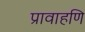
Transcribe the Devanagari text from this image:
प्रावाहणि